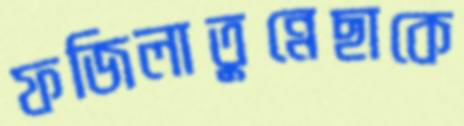
ফজিলাতুন্নেছাকে